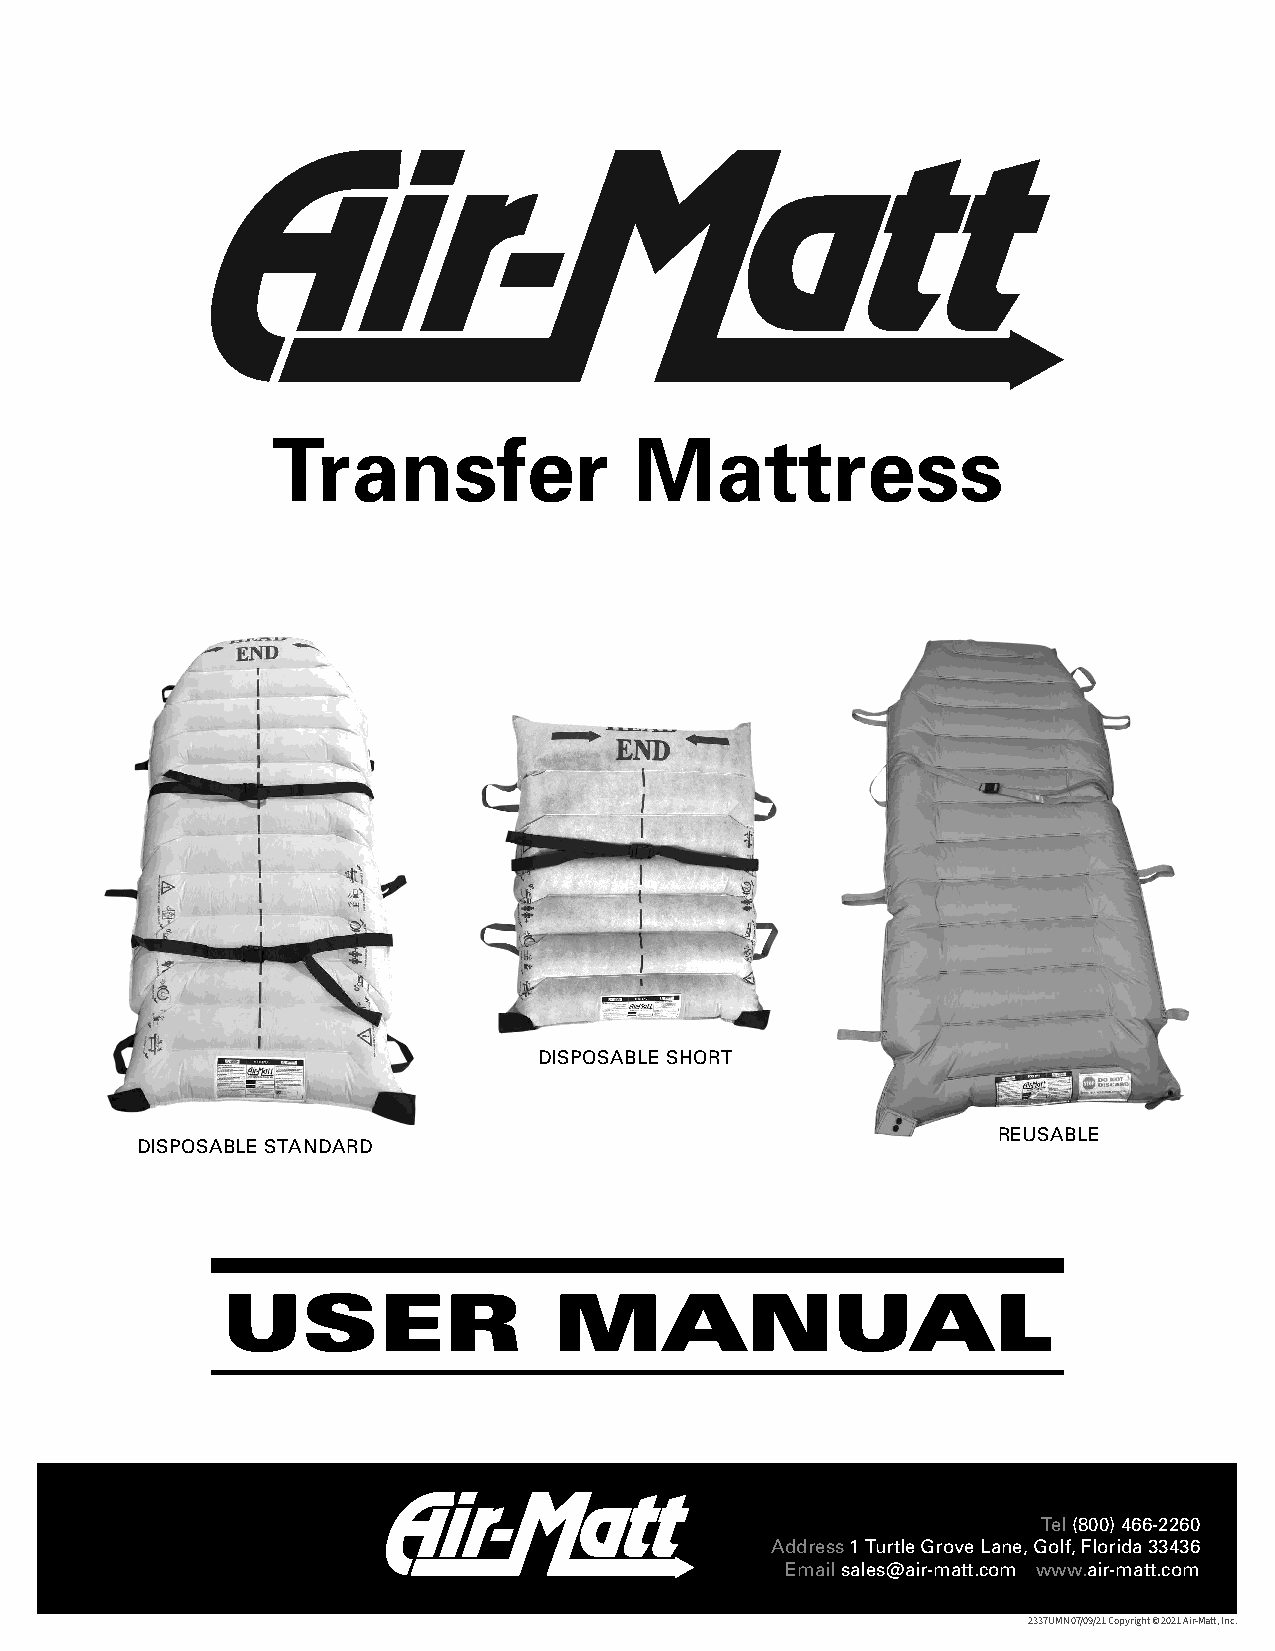
Transfer                Mattress
 DISPOSABLE SHORT
 REUSABLE
 DISPOSABLE STANDARD
 USER                  MANUAL
 Tel (800) 466‑2260
 Address 1 Turtle Grove Lane, Golf, Florida 33436
 Email sales@air‑matt.com www.air‑matt.com
 2337UMN 07/09/21 Copyright © 2021 Air-Matt, Inc.